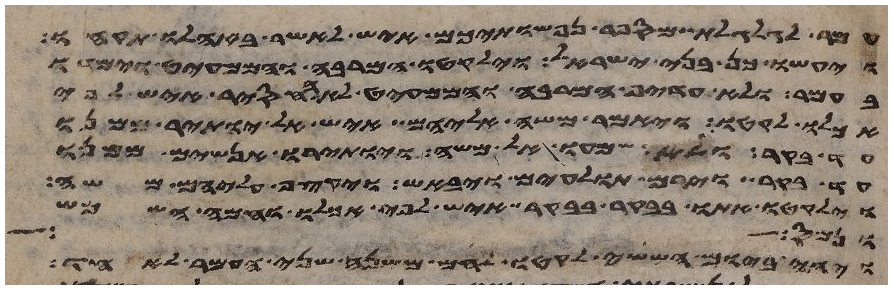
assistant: עמר לגלגלת מספר נפשתיכם איש לאשר באהלו תקחו
ויעשו כן בני ישראל וילקטו המרבה והממעיט וימדו
בעמר ולא העדיף המרבה והממעיט לא החסיר איש לפי
אכלו לקטו ויאמר משה אליהם איש אל יותיר ממנו
עד בקר ולא שמעו אל משה ויותירו אנשים ממנו
עד בקר וירם תולעים ויבאש ויקצף עליהם משה
וילקטו אתו בבקר בבקר איש לפי אכלו וחמה השמש
ונמס
ויהי ביום הששי לקטו לחם משנה שני העמר לאחד